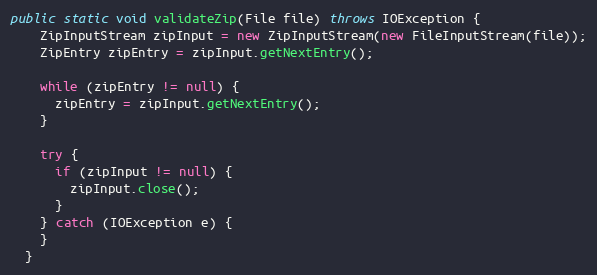
Language: Java
public static void validateZip(File file) throws IOException {
    ZipInputStream zipInput = new ZipInputStream(new FileInputStream(file));
    ZipEntry zipEntry = zipInput.getNextEntry();

    while (zipEntry != null) {
      zipEntry = zipInput.getNextEntry();
    }

    try {
      if (zipInput != null) {
        zipInput.close();
      }
    } catch (IOException e) {
    }
  }